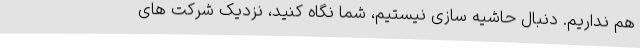
هم نداریم. دنبال حاشیه سازی نیستیم، شما نگاه کنید، نزدیک شرکت های